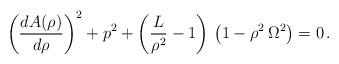
LaTeX: \begin{align*}\left({{d{A(\rho)} \over d\rho}}\right)^{2} + p^2 +\left( {L \over {\rho}^{2}} - 1\right)\,\left(1 - {\rho}^{2}\,{\Omega}^{2}\right) = 0\, .\end{align*}